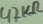
Text: 47KΩ